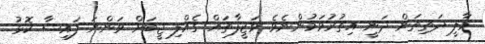
މާލީ ދަތިތަން ދަނީ އިތުރުވަމުންނެވެ. ވަޒީފާތައް ގެއްލި ޖީބަށް ވަންނަ ފައިސާ ކޮޅު